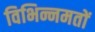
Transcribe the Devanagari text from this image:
विभिन्नमतों